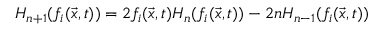
H _ { n + 1 } ( f _ { i } ( \vec { x } , t ) ) = 2 f _ { i } ( \vec { x } , t ) H _ { n } ( f _ { i } ( \vec { x } , t ) ) - 2 n H _ { n - 1 } ( f _ { i } ( \vec { x } , t ) )